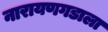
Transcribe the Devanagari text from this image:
नारायणगडाला